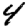
Digit: 4